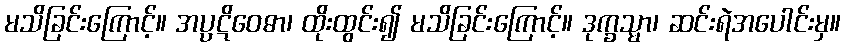
မသိခြင်းကြောင့်။ အပ္ပဋိဝေဓာ၊ ထိုးထွင်း၍ မသိခြင်းကြောင့်။ ဒုက္ခသ္မာ၊ ဆင်းရဲအပေါင်းမှ။